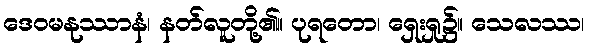
ဒေဝမနုဿာနံ၊ နတ်လူတို့၏။ ပုရတော၊ ရှေးရှု၌။ သေလဿ၊